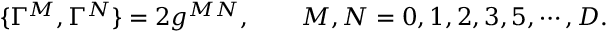
\{ \Gamma ^ { M } , \Gamma ^ { N } \} = 2 g ^ { M N } , \qquad M , N = 0 , 1 , 2 , 3 , 5 , \cdots , D .